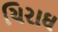
ચિરાઘ